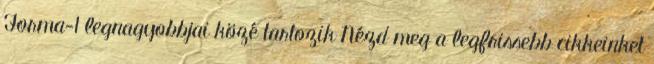
Forma-1 legnagyobbjai közé tartozik Nézd meg a legfrissebb cikkeinket